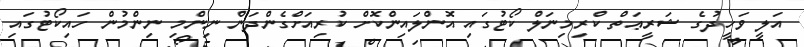
އަލީ ވަހީދުގެ ޝަރީޢަތް ކްރިމިނަލް ކޯޓުގައި އޮންލައިންކޮށް ކުރިއަށްގެންދަން ނިންމި ނިންމުން ހައިކޯޓުގައި